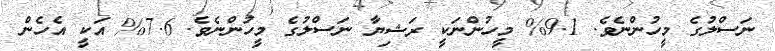
ނަސްލުގެ މީހުންނެވެ. 9.1% މީހުންނަކީ ރަޝިޔާ ނަސްލުގެ މީހުންނެވެ. 7.6% އަކީ އެހެން